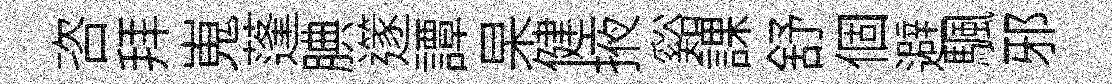
咨拜嵬蓬腆𨗹譚杲健掖谿課舒個避颿邪